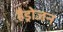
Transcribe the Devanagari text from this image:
हैड्रोजन